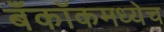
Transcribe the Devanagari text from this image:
बँकॉकमध्येच